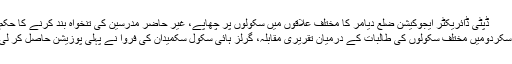
ڈپٹی ڈائریکٹر ایجوکیشن ضلع دیامر کا مختلف علاقوں میں سکولوں پر چھاپے، غیر حاضر مدرسین کی تنخواہ بند کرنے کا حکم
سکردومیں مختلف سکولوں کی طالبات کے درمیان تقریری مقابلہ، گرلز ہائی سکول سکمیدان کی فروا نے پہلی پوزیشن حاصل کر لی